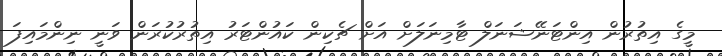
މީގެ އިތުރުން އިންޓަނޭޝަނަލް ޓާމިނަލަށް އަށް ޗެކިން ކައުންޓަރު އިތުރުކުރަން ވަނީ ނިންމައިފަ